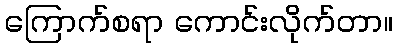
ကြောက်စရာ ကောင်းလိုက်တာ။